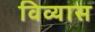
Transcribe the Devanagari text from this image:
विव्यास